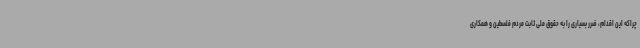
چراکه این اقدام، ضرر بسیاری را به حقوق ملی ثابت مردم فلسطین و همکاری